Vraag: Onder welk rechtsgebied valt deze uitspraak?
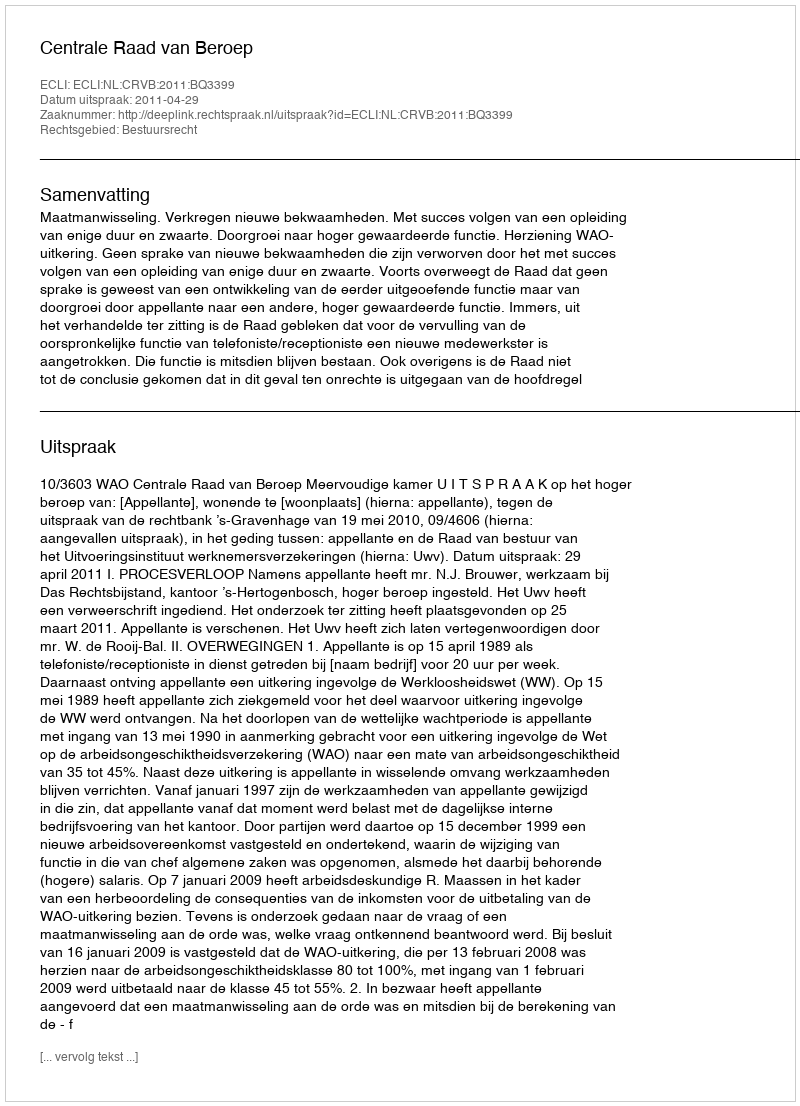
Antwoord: Bestuursrecht